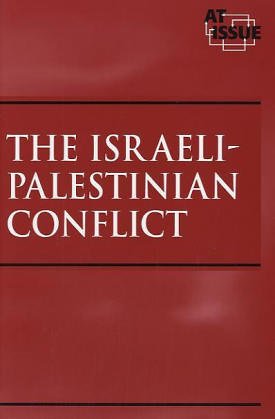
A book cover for Israeli-Palestinian Conflict (At Issue); Teen & Young Adult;